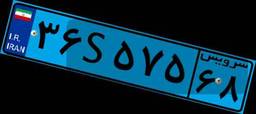
۳۶S۵۷۵۶۸